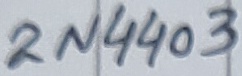
Text: 2N4403